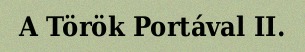
A Török Portával II.